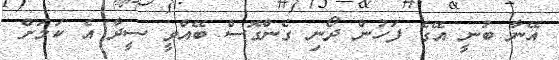
އޭނާ ބުނީ އޭގެ ފަހުން ދޯނި ގެންގޮސް ބޭއްވީ ސީދާ އެ ކަމަށް